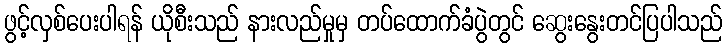
ဖွင့်လှစ်ပေးပါရန် ယိုစီးသည် နားလည်မှုမှ တပ်ထောက်ခံပွဲတွင် ဆွေးနွေးတင်ပြပါသည်